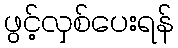
ဖွင့်လှစ်ပေးရန်